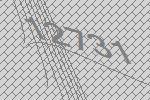
12731